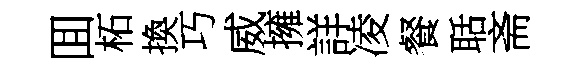
囬柘換巧威擁詳凌餐聒斋